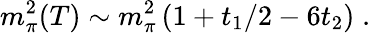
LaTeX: m_{\pi}^{2}(T)\sim m_{\pi}^{2}\left(1+t_{1}/2-6t_{2}\right)\; .